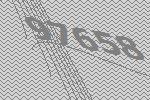
97658